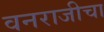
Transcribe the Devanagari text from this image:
वनराजीचा